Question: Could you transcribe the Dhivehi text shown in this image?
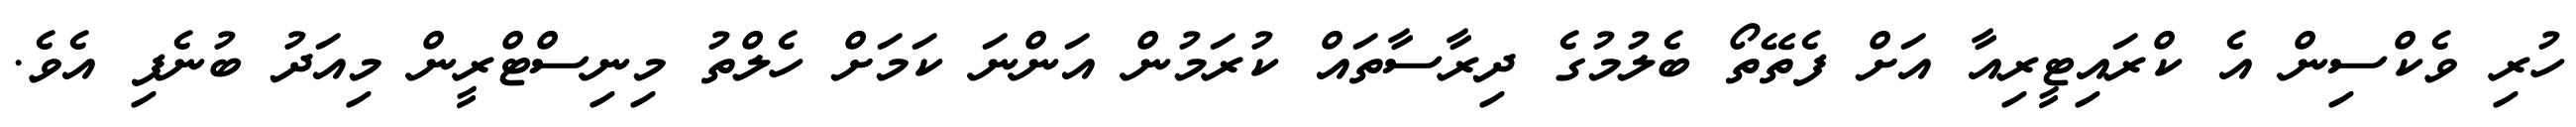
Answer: ހުރި ވެކްސިން އެ ކްރައިޓީރިއާ އަށް ފެތޭތޯ ބެލުމުގެ ދިރާސާތައް ކުރަމުން އަންނަ ކަމަށް ހެލްތު މިނިސްޓްރީން މިއަދު ބުނެފި އެވެ.